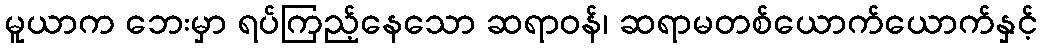
မူယာက ဘေးမှာ ရပ်ကြည့်နေသော ဆရာဝန်၊ ဆရာမတစ်ယောက်ယောက်နှင့်